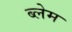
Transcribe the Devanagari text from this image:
ब्लेम